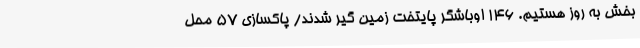
بخش به روز هستیم. 146 اوباشگر پایتخت زمین گیر شدند/ پاکسازی 57 محل